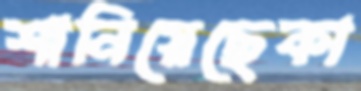
শানিয়েছেকা